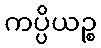
ကပ္ပိယဉ္စ